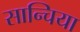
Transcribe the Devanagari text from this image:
सान्चिया